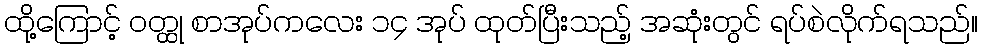
ထို့ကြောင့် ဝတ္ထု စာအုပ်ကလေး ၁၄ အုပ် ထုတ်ပြီးသည့် အဆုံးတွင် ရပ်စဲလိုက်ရသည်။